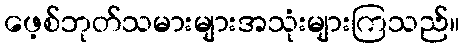
ဖေ့စ်ဘုတ်သမားများအသုံးများကြသည်။